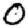
Digit: 0